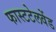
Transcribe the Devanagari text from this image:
फास्टटेलवेंड